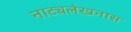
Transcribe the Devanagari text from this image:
नाट्यलेखनास